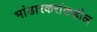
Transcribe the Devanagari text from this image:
भांडारकरांकडील